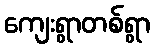
ကျေးရွာတစ်ရွာ